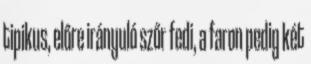
tipikus, előre irányuló szőr fedi, a faron pedig két